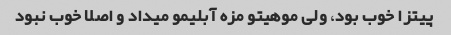
پیتزا خوب بود، ولی موهیتو مزه آبلیمو میداد و اصلا خوب نبود